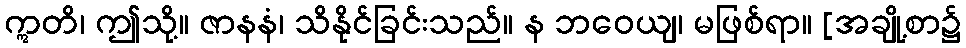
ဣတိ၊ ဤသို့။ ဇာနနံ၊ သိနိုင်ခြင်းသည်။ န ဘဝေယျ၊ မဖြစ်ရာ။ [အချို့စာ၌